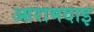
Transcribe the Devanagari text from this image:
आरामदाइ